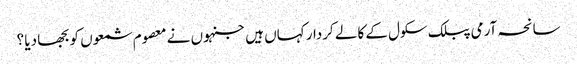
سانحہ آرمی پبلک سکول کے کالے کردار کہاں ہیں جنہوں نے معصوم شمعوں کو بجھا دیا ؟